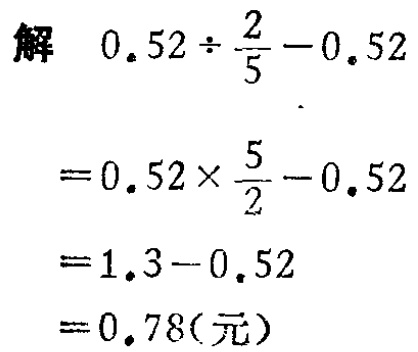
解 \(0.52\div\frac{2}{5}-0.52\)

\(=0.52\times\frac{5}{2}-0.52\)

\(=1.3 - 0.52\)

\(=0.78(\text{元})\)